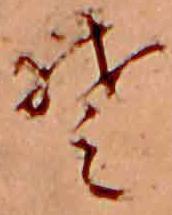
そ